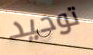
توحيد